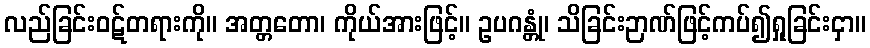
လည်ခြင်းဝဋ်တရားကို။ အတ္တတော၊ ကိုယ်အားဖြင့်။ ဥပဂန္တုံ၊ သိခြင်းဉာဏ်ဖြင့်ကပ်၍ရှုခြင်းငှာ။